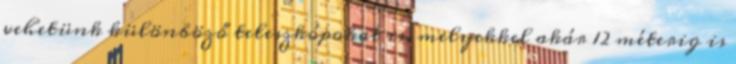
vehetünk különböző teleszkópokat is, melyekkel akár 12 méterig is